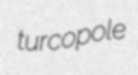
turcopole